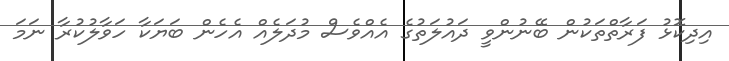
އިދިކޮޅު ފަރާތްތަކުން ބޭނުންވީ ދައުލަތުގެ އެއްވެސް މުދަލެއް އެހެން ބަޔަކާ ހަވާލުކުރާ ނަމަ